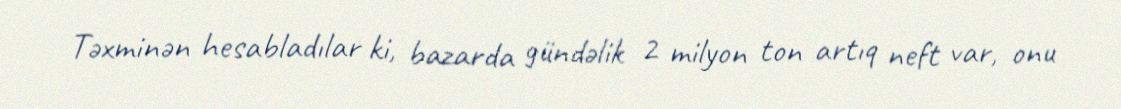
Təxminən hesabladılar ki, bazarda gündəlik 2 milyon ton artıq neft var, onu